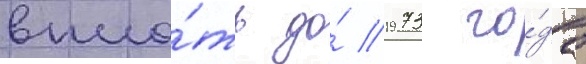
впло́ть до́ 1973 го́да